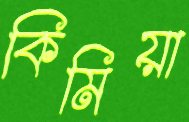
কিমিয়া